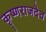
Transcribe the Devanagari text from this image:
कृष्णराजदेव